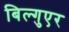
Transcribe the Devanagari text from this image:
बिल्गुएर